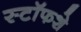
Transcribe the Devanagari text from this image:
स्टॉफशे